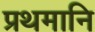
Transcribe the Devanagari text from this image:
प्रथमानि